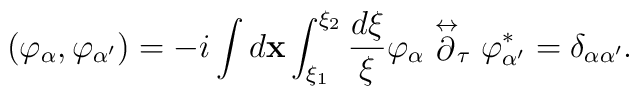
\left( \varphi _{\alpha },\varphi _{\alpha ^{\prime }}\right) =-i\int d{\mathbf x}\int _{\xi _1}^{\xi _2} \frac{d\xi }{\xi}\varphi _{\alpha } \stackrel{\leftrightarrow }{\partial }_{\tau}\varphi ^{*}_{\alpha '}= \delta _{\alpha \alpha ^{\prime }}.